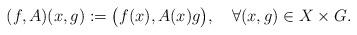
LaTeX: \begin{align*} (f,A)(x,g):=\big(f(x),A(x)g\big),\quad\forall (x,g)\in X\times G. \end{align*}